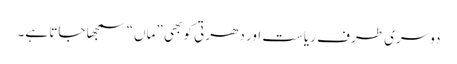
دوسری طرف ریاست اور دھرتی کو بھی ”ماں“ سمجھا جاتا ہے۔